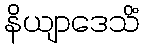
နိယျာဒေသိံ